Report on the bubonic plague in Bombay, 1896-1897
Year: 1896
Disease focus: Plague
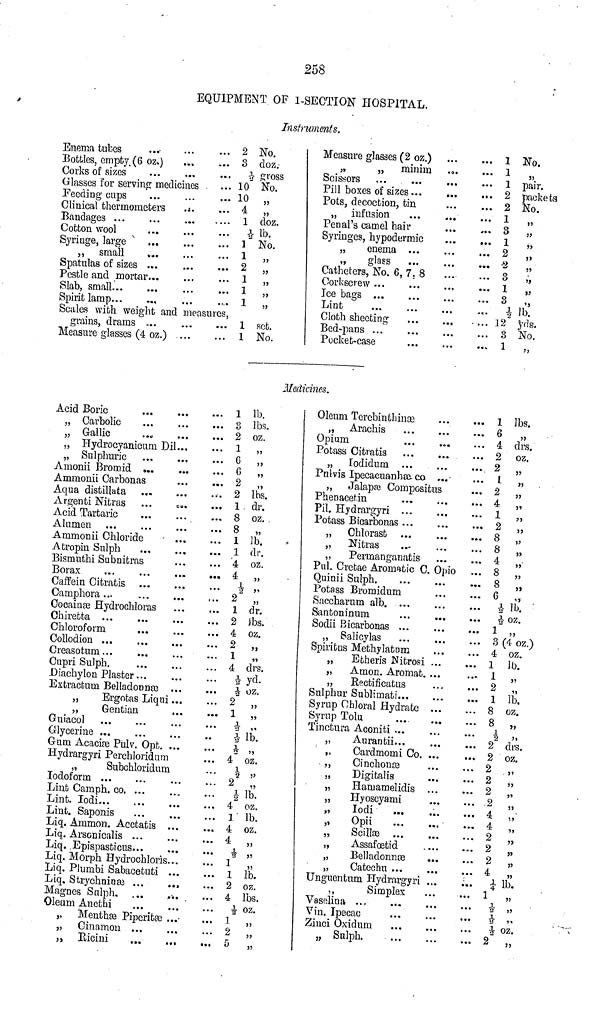
258
EQUIPMENT OF 1-SECTION HOSPITAL.
Instruments.
Enema tubes
...
Botiles, empty. (6 ozil
Corks of sizes
...
...
...
...
Glasses for serving medicines
Feeding enps
...
Clinical thermometers
Bandages ...
Cotton wool
Syringe, large
„ small
Spatulas of sizes
...
• ••
...
...
...
Pestle and mortar...
Slab, small ...
Spirit lamp...
...
...
...
...
...
...
...
...
...
...
...
...
...
...
...
....
...
...
...
...
...
...
...
....
...
...
Scales with weight and measures.
grains, drams ...
Measure glasses (4 oz.)
...
...
...
...
2
3
...
10
10
4
1
1/2
1
1
2
1
1
1
1
1
No.
doz.-
gross
No.
''
...
doz.
lb.
No.
Ib.
"
"
"
"
"
RCt.
No.
Measure glasses (2 oz.)
„
„ minim
Scissors ...
Pill boxes of sizes...
Pots, decoction, tin
„ infusion
...
Penal's camel hair
Syringes, hypodermic
„
enema
„
glass
...
...
Catheters, No. 6, 7,8
Ice bag ...
Ice bags ...
Lint ...
Cloth sheeting
Bcd-Pans ...
Pocket-case
...
...
...
...
...
...
...
...
...
...
...
...
...
...
...
...
...
...
...
...
...
...
...
...
...
....
...
...
...
...
....
...
...
...
...
...
...
...
...
...
1
1
1
2
2
1
8
1
2
3
1
3
1/2
3
1
No.
pair.
packets
No.
...
"
"
"
"
"
"
"
lb.
yds
No.
"
Médianes.
Acid Boric
„ Carbolic
„ Gallic
...
...
...
...
...
...
„ Hydrocyanicum Dil...
„ Sulphuric
Amonii Bromid
Ammonii Carbon
Aqua distillata
Argenti Nitras
Acid Tartaric
Alumen ...
...
..
as
...
...
...
...
Ammonii Chloride
Atropin Sulph
....
Bismuthi Subnifcras
Borax
...
Caffein Citratis
Camphora ...
...
...
...
Cocaínas Hydrochloras
Chiretta ...
Chloroform
Collodin ...
Creasotum ....
Cupri Sulph.
...
...
...
...
...
Diachylon Plaster...
...
...
...
...
...
...
...
...
...
...
...
...
...
...
...
...
...
...
• ••
...
Extracfcum Belladonnas ...
„
Ergotas Liqui...
„
Genti
Guiacol ...
Glycerine ...
ian
...
...
• ••
...
...
Gum Acacise Pulv. Opt. ...
Hydrargyri Perchloridum
„
Subchloridum
Iodoform ... ...
Lint Camph. co ...
Lint Iodi ...
Lint. Saponis
...
...
...
...
...
...
Liq. Ammon. Acctatis ...
Liq. Arscnicalii
Liq. Epispastie
Ï ...
us...
...
...
Liq. Morph Hydroohloris...
Liq. Plumbi Sabacetuti ...
Liq. Strychnines ...
Magnos Salph.
Oleum Anethi
...
...
...
...
...
„ Menthae Pipcritee ...
„ Cinamo
,, Ricini
...
...
...
...
...
...
...
...
...
...
...
...
...
...
...
...
...
...
...
...
...
...
...
...
...
...
...
...
...
...
...
...
...
...
...
...
...
...
...
...
...
...
...
...
...
...
...
...
...
...
...
1
3
2
1
6
6
2
2
1.
8
8
1
1
4
4
1/2
2
1
2
4
2
1
4
1/2
2
1
1/2
1/2
1/2
4
1/2
2
1/2
4
]
4
4
1
1
2
4
1
2
5
lb.
lbs.
oz.
"
"
"
"
lbs.
dr.
oz.
"
lb.
dr.
oz.
...
...
"
dr.
Ibs.
oz.
"
"
drs.
yd.
oz.
"
"
"
r lb.
"
oz.
"
"
lb.
cz.
lb.
oz.
"
"
"
lb.
oz.
lbs.
1/2.
"
"
"
Olenm Torcbinthinae
„ Arachis ...
Opium ...
Potass Citratis ...
„ Iodidum ...
Palvis Ipecacuanhas, co
...
...
...
...
...
...
„ Jalapa Compositus
Phenacetin ...
Pil. Hydrargyri ...
Potass Bicarbonas ...
„ Ohlorast ...
„
Nitras ...
„
Permanganatis
...
...
...
...
...
• ••
Pul. Cretae Aromatic C. Opio
Quinii Sulph ...
Potess Bromidum
Saccharum alb. ...
Santoninum ...
Sodii Bicarbonas ...
„ Salicylas ...
Spiritus Methylatom
„
Etheris Nitrosi
„
Amon. Aromat.
„
Rectificatus
Sulphur Sublimati...
Syrup Chloral Hydrate
Syrup Tolu
Tinctura Aconiti ...
„
Aurantii...
„
Cardmomi Co.
„
Cinchonae
,,
Digitalis
„
Hamamelidis
„
Hyoscyami
" Iodi
„
Opii ...
„
Scillae ...
„
Assafoetid
„
Belladonnas
„
Catechu...
Unguentum Hydrargyr
„
Simplex
"
Vin. Ipecac ...
Zinci Oxidum ...
„ Sulph. ...
• ••
...
...
•••
...
...
• ••
...
...
...
...
...
...
...
...
...
...
...
...
...
...
...
...
...
...
...
...
...
...
...
...
...
...
...
...
...
...
...
...
...
....
...
...
...
...
...
...
...
...
...
...
...
...
...
...
...
...
...
...
...
...
...
...
...
...
...
...
...
...
...
...
...
...
...
...
...
...
1
6
4
2
2
1
2
4
1
2
8
8
4
8
8
6
...
...
1
3
4
1
1
2
1
8
8
1/2
2
2
2
2
2
2
4
4
2
2
2
4
1/4
1
...
...
2
lbs.
"
drs.
oz.
"
"
"
"
"
"
"
"
"
"
"
"
lb.
oz.
4 oz.)
oz.
lb.
"
"
Ib.
oz.
"
"
drs.
oz.
"
,,
"
"
"
"
"
"
"
lb.
"
..."
oz.
"